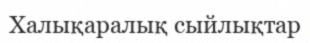
Халықаралық сыйлықтар